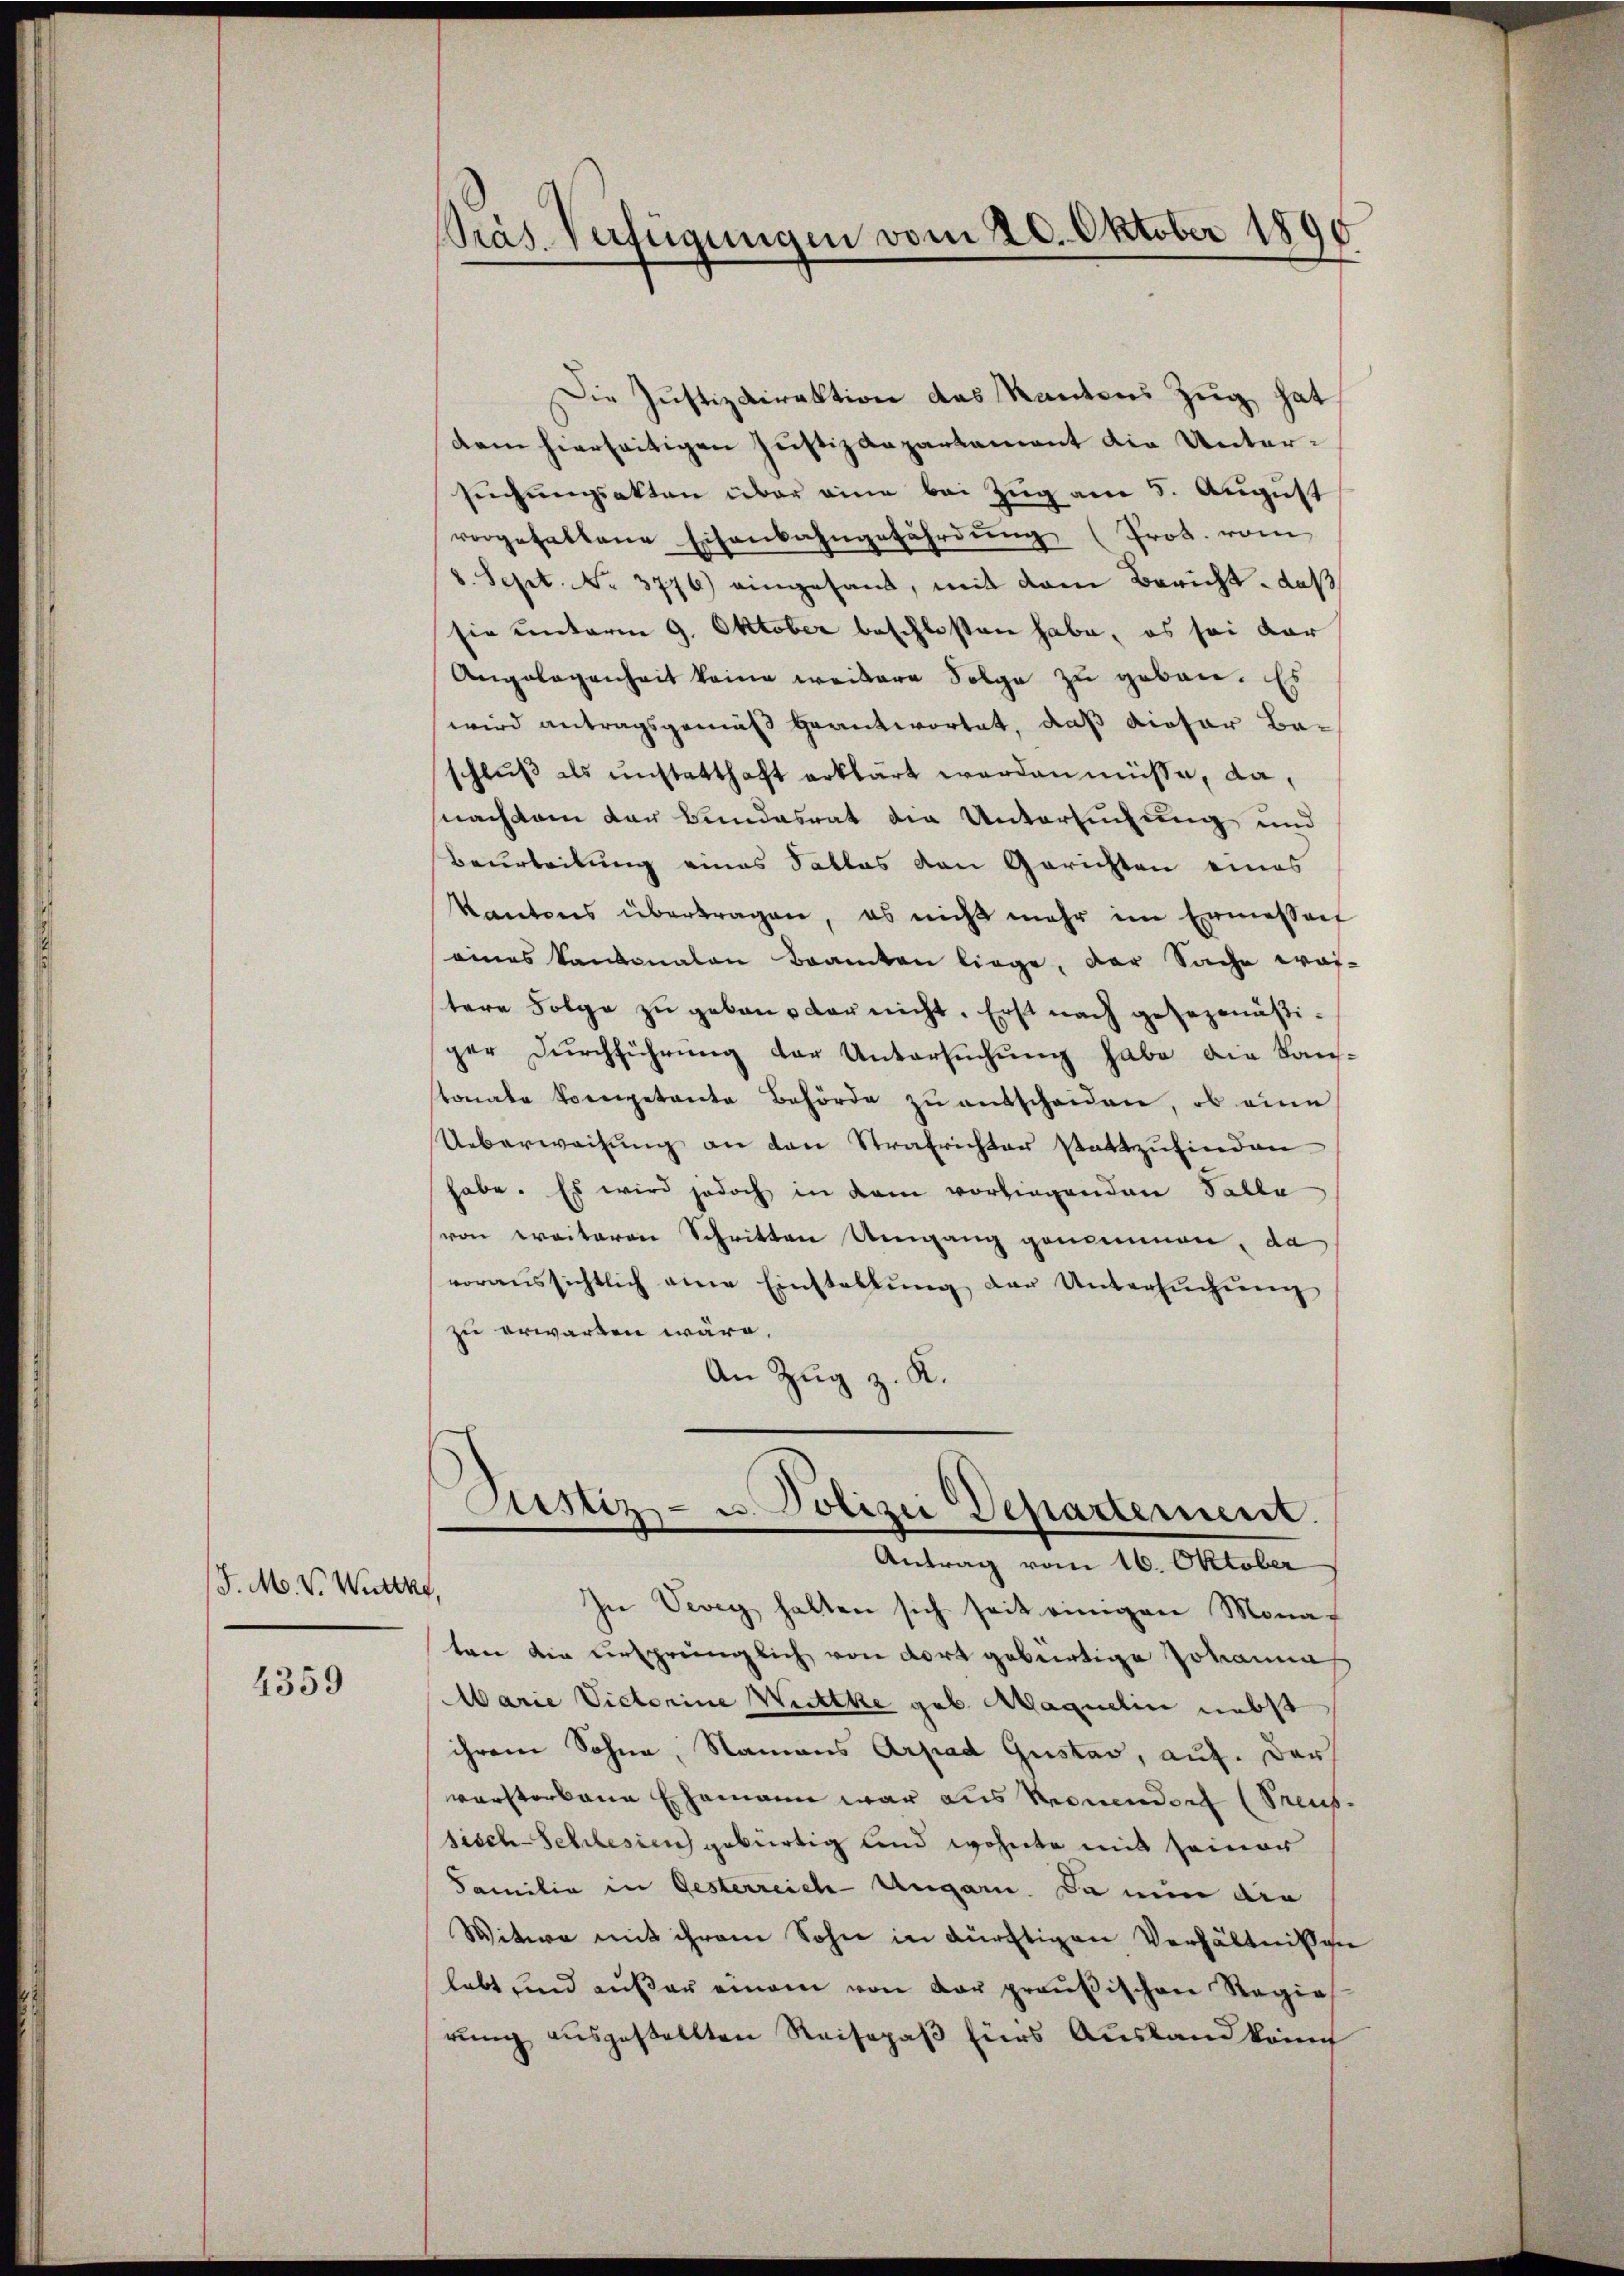
J. M. V. Wurthe,

4359

Präs. Verfügungen vom 20. Oktober 1890

Die Justizdirektion des Kantons Zug hat
dem hierseitigen Justizdepartament die Untersuchungsakten über eine bei Zug am 5. August
vorgehaltene Eisenbahngefährdung (Prot. vom
8. Sept. No. 3776) eingesand, mit dem Bericht - daß
sie unterm 9. Oktober beschlossen habe, es sei dar
Angelegenheit keine weitere Folge zu geben. Es
wird antragsgemäß geantwortet, daß dieser Beschluß als unstatthaft erklärt worden müsse, danachdem der Bundesrat die Untersuchung und
Beurteilung eines Tallas den Gerichten eines
Kantons übertragen, es nicht mehr im Ermessen
eines kantonalen Beamten liege, der Sache wes-
tere Folge zu geben der nicht. Erst nach gesezmäßiger Durchführung der Untersuchung habe die Kanstonale Competente Behörde zŭ entscheiden, ob eine
Ueberweisung an den Strafrichter stattzufinden.
habe. Es wird jedoch in dem vorliegenden Falle
von weiteren Schritten Umgang genommen, da
voraussichtlich eine Einstellŭng der Untersŭchŭng
zu erwarten wäre.
An Zug z. K.
Justiz- u. Polizei Departement.
Antrag vom 16. Oktober
In Vevey halten sich seit einigen Monat
ten die ursprünglich von dort gebürtige Johanna
Marie Victorine Wittke geb. Maquelin nebst
ihrem Sohne, Namens Arpad Gustav, auf. Der
warsterkann Ehemann war aus Neuendorf (Sreus
sisch Schlesich gebürtig und wohnte mit seiner
Familia in Gesterreich Ungarn. Da nun die
Witwe mit ihrem Sohn in dürftigen Verhältnißen
lebt und außer einem von der preußischen Regie
rŭng aŭsgestellten Reisepaβ fürs Ausland konnt